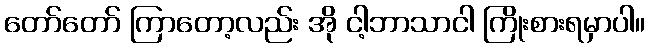
တော်တော် ကြာတော့လည်း အို ငါ့ဘာသာငါ ကြိုးစားရမှာပါ။